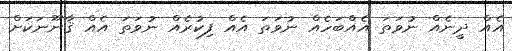
އެއް ދީނެއް ނުވަތަ އެއްބަހެއް ނުވަތަ އެއް ފިކުރެއް ނުވަތަ އެއް ޤާނޫނަކަށް